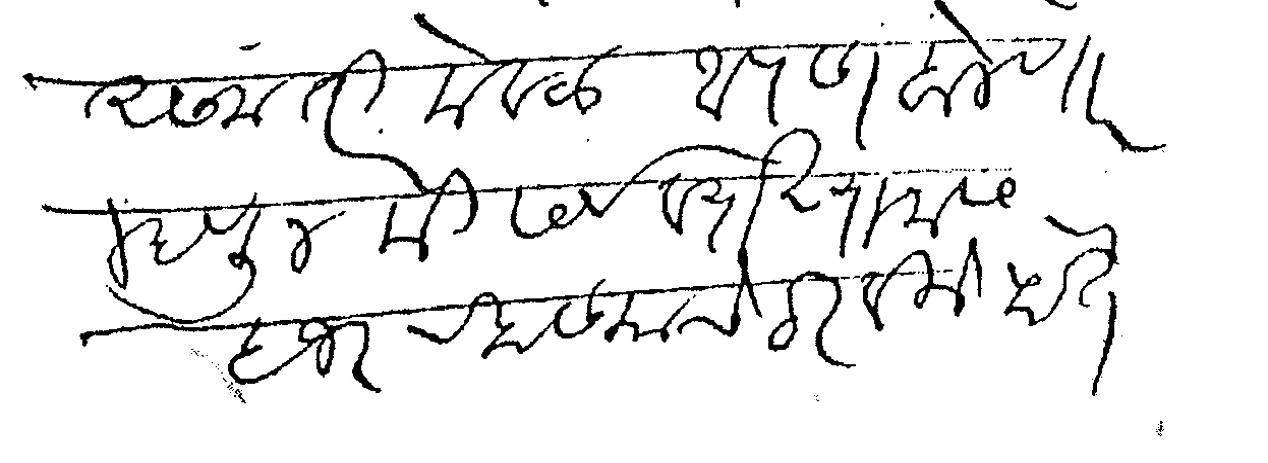
Transliteration (Devanagari): असला तरी केवळ आपण बोलणार म्हणून मी सर्व व्याख्यानास हजर रहाण्याचे ठरविले होते